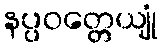
နပ္ပဝတ္တေယျုံ